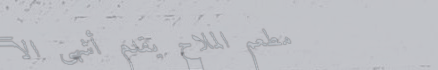
مطعم الملاح يقدم أشهى الأ